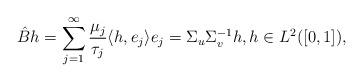
LaTeX: \begin{align*}\hat{B}h= \sum_{j=1} ^\infty {\frac{\mu_j}{\tau_j} \langle h,e_j\rangle e_j} = \Sigma_u \Sigma_v ^{-1} h, h\in L^2([0,1]),\end{align*}